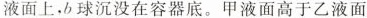
液面上，b球沉没在容器底。甲液面高于乙液面